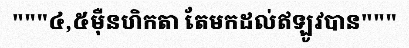
"""៤,៥ម៉ឺនហិកតា តែមកដល់ឥឡូវបាន"""